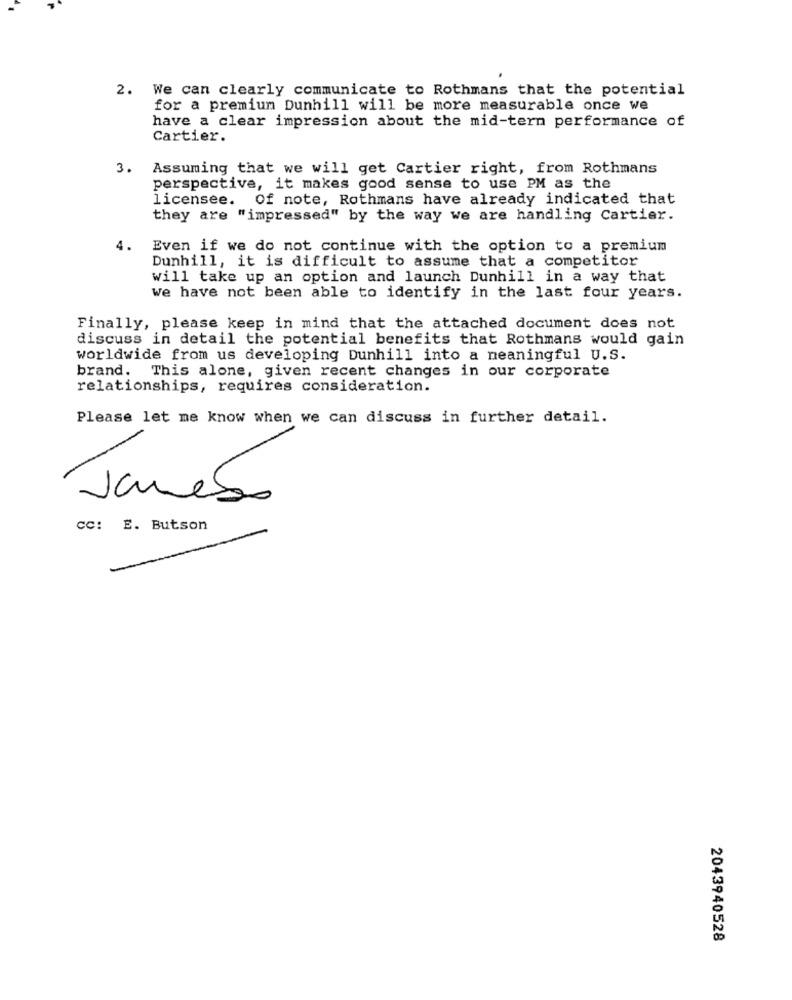
2. We can clearly communicate to Rothmans that the potential
for a premium Dunhill will be more measurable once we
have a clear impression about the mid-term performance of
Cartier.
3. Assuming that we will get Cartier right, from Rothmans
perspective, it makes good sense to use PM as the
licensee. Of note, Rothmans have already indicated that
they are "impressed" by the way we are handling Cartier.
4.
Even if we do not continue with the option to a premium
Dunhill, it is difficult to assume that a competitor
will take up an option and launch Dunhill in a way that
We have not been able to identify in the last four years.
Finally, please keep in mind that the attached document does not
discuss in detail the potential benefits that Rothmans would gain
worldwide from us developing Dunhill into a meaningful U.S.
brand. This alone, given recent changes in our corporate
relationships, requires consideration.
Please let me know when we can discuss in further detail.
Jamebo
CC: E. Butson
2043940528